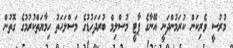
މުރުސީ ވެރިކަން ކުރަމުންދަނީ އޭނާގެ ޕާޓީ މުސްލިމް ބުރަދަހުޑުގެ މަސްލަހަތު ހިމާޔަތްކުރުމުގެ ގޮތުން